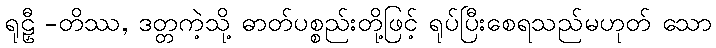
ရုဠှီ -တိဿ, ဒတ္တကဲ့သို့ ဓာတ်ပစ္စည်းတို့ဖြင့် ရုပ်ပြီးစေရသည်မဟုတ် သော